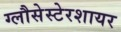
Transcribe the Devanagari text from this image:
ग्लौसेस्टेरशायर